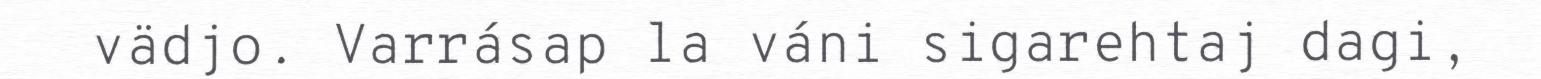
vädjo. Varrásap la váni sigarehtaj dagi,